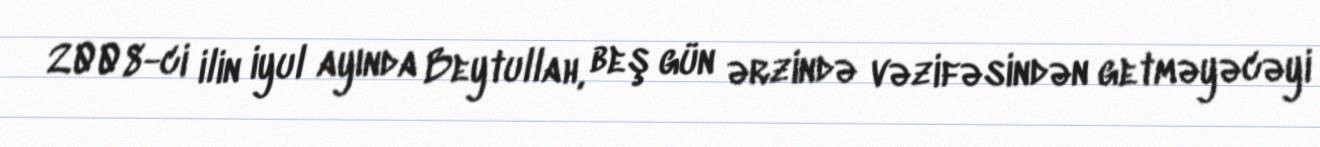
2008-ci ilin iyul ayında Beytullah, beş gün ərzində vəzifəsindən getməyəcəyi